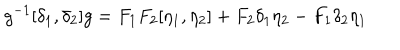
g ^ { - 1 } [ \delta _ { 1 } , \delta _ { 2 } ] g = F _ { 1 } F _ { 2 } [ \eta _ { 1 } , \eta _ { 2 } ] + F _ { 2 } \delta _ { 1 } \eta _ { 2 } - F _ { 1 } \delta _ { 2 } \eta _ { 1 }